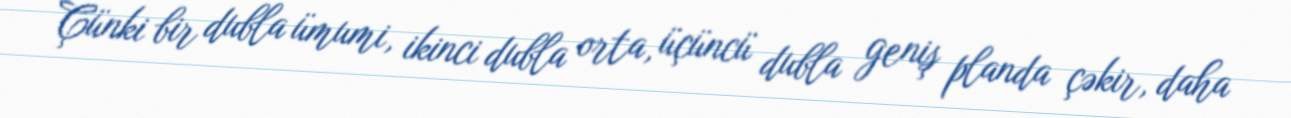
Çünki bir dubla ümumi, ikinci dubla orta, üçüncü dubla geniş planda çəkir, daha